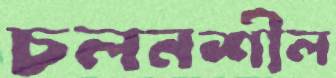
চলনশীল